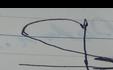
Signature authenticity: forged